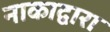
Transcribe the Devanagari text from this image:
नाकाद्वारा